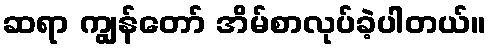
ဆရာ ကျွန်တော် အိမ်စာလုပ်ခဲ့ပါတယ်။